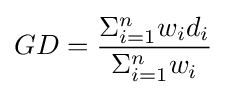
GD={\frac {\Sigma _{i=1}^{n}w_{i}d_{i}}{\Sigma _{i=1}^{n}w_{i}}}